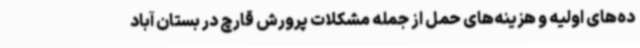
ده‌های اولیه و هزینه‌های حمل از جمله مشکلات پرورش قارچ در بستان آباد